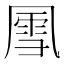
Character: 𪞵